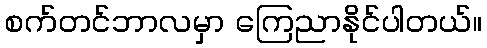
စက်တင်ဘာလမှာ ကြေညာနိုင်ပါတယ်။